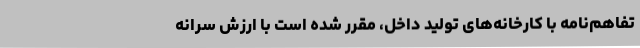
تفاهم‌نامه‌ با کارخانه‌های تولید داخل، مقرر شده است با ارزش سرانه